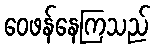
ဝေဖန်နေကြသည်